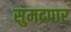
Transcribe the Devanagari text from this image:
सुमद्रपार